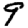
Digit: 9